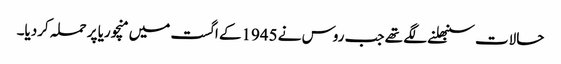
حالات سنبھلنے لگے تھے جب روس نے 1945کے اگست میں منچوریا پر حملہ کردیا۔